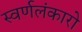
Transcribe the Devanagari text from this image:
स्वर्णलंकारो